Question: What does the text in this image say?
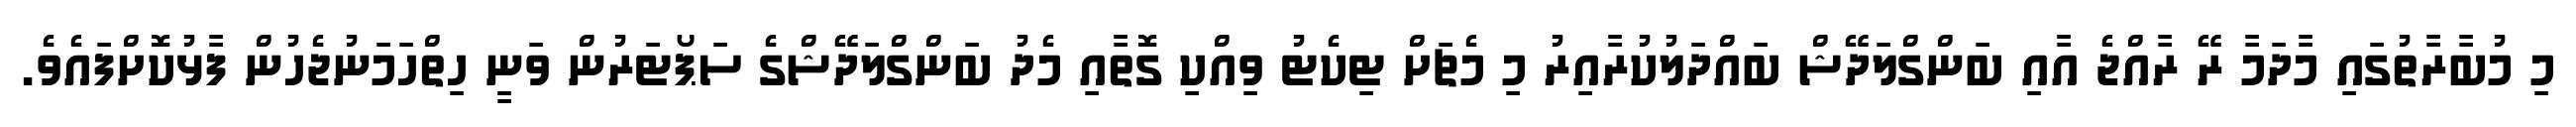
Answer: މި މުބާރާތުގައި މާދަމާ ރޭ ރާއްޖެ އާއި ބަންގްލަދޭޝް ބައްދަލުކުރާއިރު މި މެޗަށް ޓިކެޓު ވިއްކި ގޮތާއި މެދު ބަންގްލަދޭޝްގެ ސަޕޯޓަރުން ވަނީ ހިތްހަމަނުޖެހުން ފާޅުކޮށްފައެވެ.